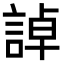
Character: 𧨳